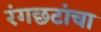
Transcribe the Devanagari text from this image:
रंगछटांचा